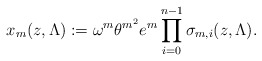
\begin{align*}x_m(z, \Lambda) := \omega^m \theta^{m^2} e^{m} \prod_{i=0}^{n-1} \sigma_{m,i}(z, \Lambda).\end{align*}